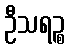
ဦသရဉ္စ